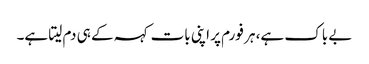
بے باک ہے، ہر فورم پر اپنی بات کہہ کے ہی دم لیتا ہے۔